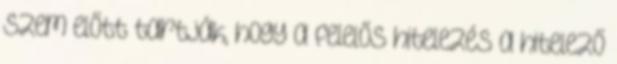
Szem előtt tartják, hogy a felelős hitelezés a hitelező